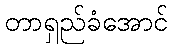
တာရှည်ခံအောင်